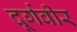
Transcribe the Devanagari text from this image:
दूर्गवीर